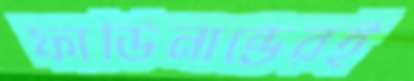
ফার্ডিনান্ডেরই